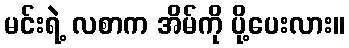
မင်းရဲ့ လစာက အိမ်ကို ပို့ပေးလား။